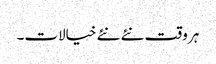
ہر وقت نئے نئے خیالات۔